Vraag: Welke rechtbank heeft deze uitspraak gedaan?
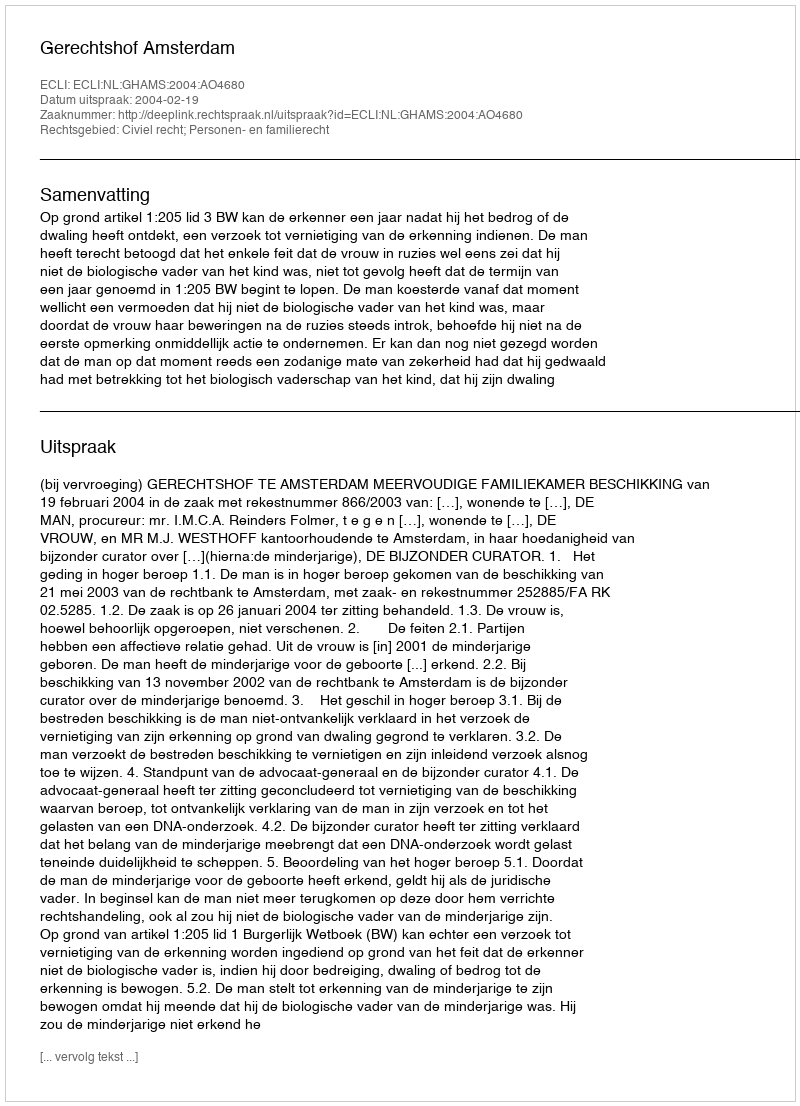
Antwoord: Gerechtshof Amsterdam